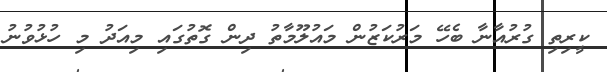
ކީރިތި ގުރުއާނާ ބެހޭ މަރުކަޒުން މައުލޫމާތު ދިން ގޮތުގައި މިއަދު މި ހުޅުވުނު